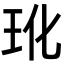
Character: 𬍕